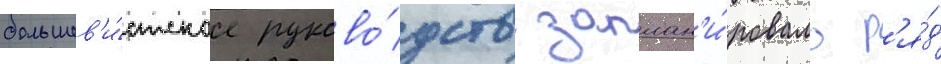
большев'и́стское руково́дство заплан'и́ровало р'я́д